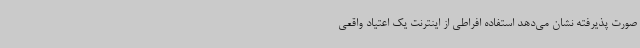
صورت پذیرفته نشان می‌دهد استفاده افراطی از اینترنت یک اعتیاد واقعی